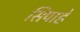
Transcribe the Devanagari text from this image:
सिपाहे